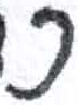
אות: כ